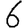
Digit: 6